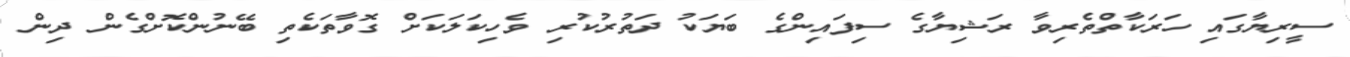
ސީރިޔާގައި ހަރަކާތްތެރިވާ ރަޝިޔާގެ ސިފައިންގެ ބަޔަކު ދަތުރުުކުރި ވެހިކަަލަކަށް ގޮވާތަކެތި ބޭނުންކޮށްގެން ދިން